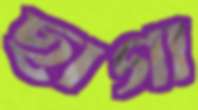
ছাগা